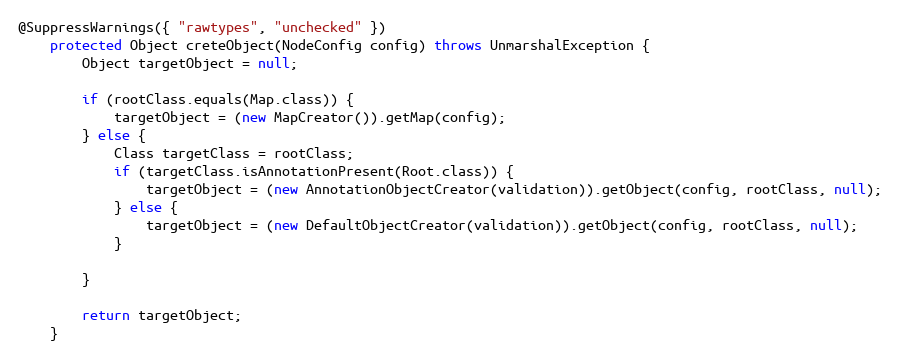
Language: Java
@SuppressWarnings({ "rawtypes", "unchecked" })
	protected Object creteObject(NodeConfig config) throws UnmarshalException {
		Object targetObject = null;

		if (rootClass.equals(Map.class)) {
			targetObject = (new MapCreator()).getMap(config);
		} else {
			Class targetClass = rootClass;
			if (targetClass.isAnnotationPresent(Root.class)) {
				targetObject = (new AnnotationObjectCreator(validation)).getObject(config, rootClass, null);
			} else {
				targetObject = (new DefaultObjectCreator(validation)).getObject(config, rootClass, null);
			}

		}

		return targetObject;
	}